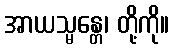
အာယသ္မန္တေ၊ တို့ကို။